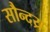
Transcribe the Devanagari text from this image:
सौन्दय्र